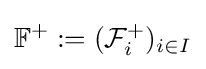
\mathbb {F} ^{+}:=({\mathcal {F}}_{i}^{+})_{i\in I}